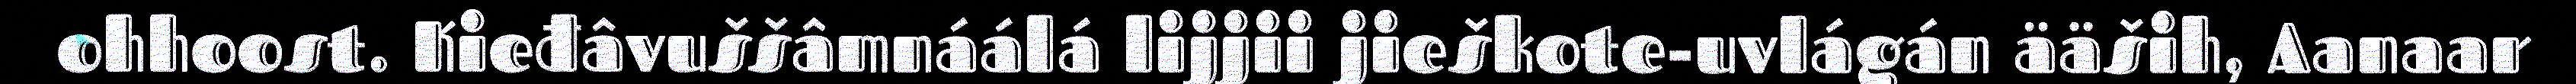
ohhoost. Kieđâvuššâmnáálá lijjii jieškote-uvlágán ääših, Aanaar